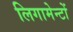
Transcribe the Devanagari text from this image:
लिगामेन्टों